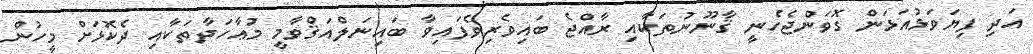
އަދި ފިޔަވަޅުއަޅަން ގޮވަންޖެހެނީ ޤާނޫނުތަކާއި ރާއްޖެ ބައިވެރިވެފައިވާ ބައިނަލްއަޤްވާމީ މުޢާހަދާތަކާއި ދެކޮޅަށް މީހުން